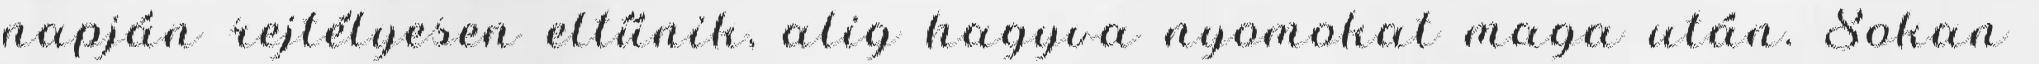
napján rejtélyesen eltűnik, alig hagyva nyomokat maga után. Sokan